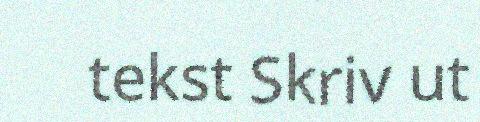
tekst Skriv ut